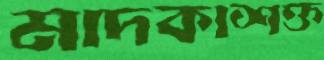
মাদকাশক্ত